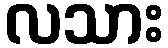
လသား